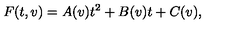
F ( t , v ) = A ( v ) t ^ { 2 } + B ( v ) t + C ( v ) ,